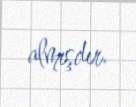
almışdır.